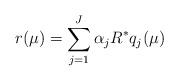
LaTeX: \begin{align*} r_{}(\mu) = \sum_{j=1}^J \alpha_j R^* q_j(\mu) \end{align*}